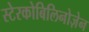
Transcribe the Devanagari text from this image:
स्टेरकोबिलिनोज़ेन